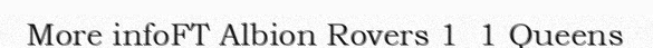
More infoFT Albion Rovers 1  1 Queens